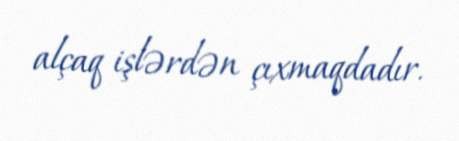
alçaq işlərdən çıxmaqdadır.